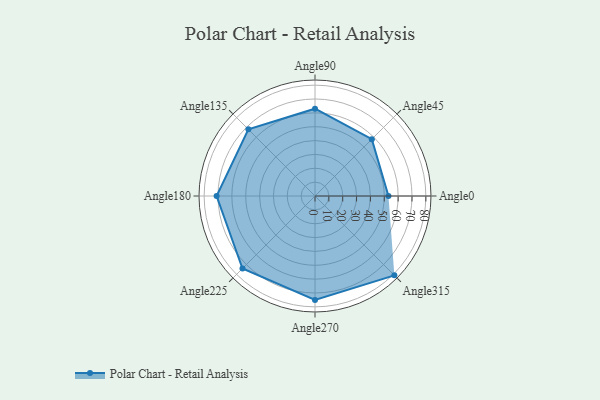
{"axis": {"x": "Angle", "y": "Radius"}, "legend": [""], "data": [{"x": "Angle0", "y": 53.0, "type": ""}, {"x": "Angle45", "y": 58.0, "type": ""}, {"x": "Angle90", "y": 63.0, "type": ""}, {"x": "Angle135", "y": 68.0, "type": ""}, {"x": "Angle180", "y": 71.0, "type": ""}, {"x": "Angle225", "y": 74.0, "type": ""}, {"x": "Angle270", "y": 75.0, "type": ""}, {"x": "Angle315", "y": 81.0, "type": ""}]}